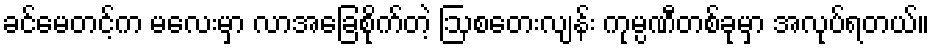
ခင်မေတင့်က မလေးမှာ လာအခြေစိုက်တဲ့ ဩစတေးလျန်း ကုမ္ပဏီတစ်ခုမှာ အလုပ်ရတယ်။